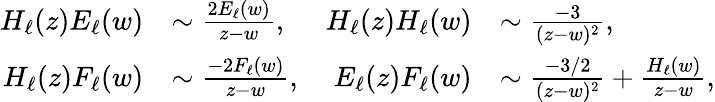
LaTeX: \begin{array}{rlrl}{H_{\ell}(z)E_{\ell}(w)}&{\sim\frac{2E_{\ell}(w)}{z-w},}&{H_{\ell}(z)H_{\ell}(w)}&{\sim\frac{-3}{(z-w)^{2}},}\\ {H_{\ell}(z)F_{\ell}(w)}&{\sim\frac{-2F_{\ell}(w)}{z-w},}&{E_{\ell}(z)F_{\ell}(w)}&{\sim\frac{-3/2}{(z-w)^{2}}+\frac{H_{\ell}(w)}{z-w},}\end{array}